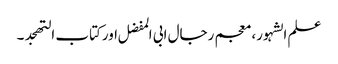
علم الشہور، معجم رجال ابی المفضل اورکتاب التھجد ۔